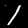
Label: 1